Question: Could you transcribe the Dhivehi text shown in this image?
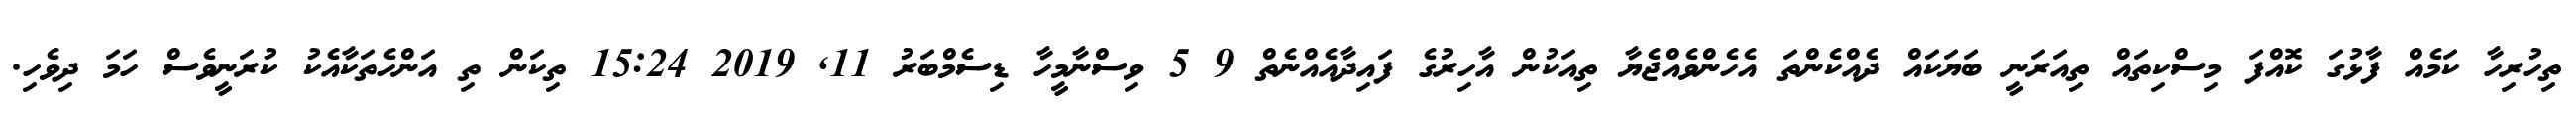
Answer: ތިހުރިހާ ކަމެއް ފާޅުގަ ކޮއްފަ މިސްކިތައް ތިއަރަނީ ބަޔަކައް ދެއްކެންތަ އެހެންވެއްޖެޔާ ތިއަކުން އާހިރުގެ ފައިދާއެއްނެތް 9 5 ވިސްނާމީހާ ޑިސެމްބަރު 11, 2019 15:24 ތިކަން ތި އަންހެތަކާއެކު ކުރަނީވެސް ހަމަ ދިވެހި.